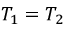
T _ { 1 } = T _ { 2 }